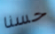
حسنا